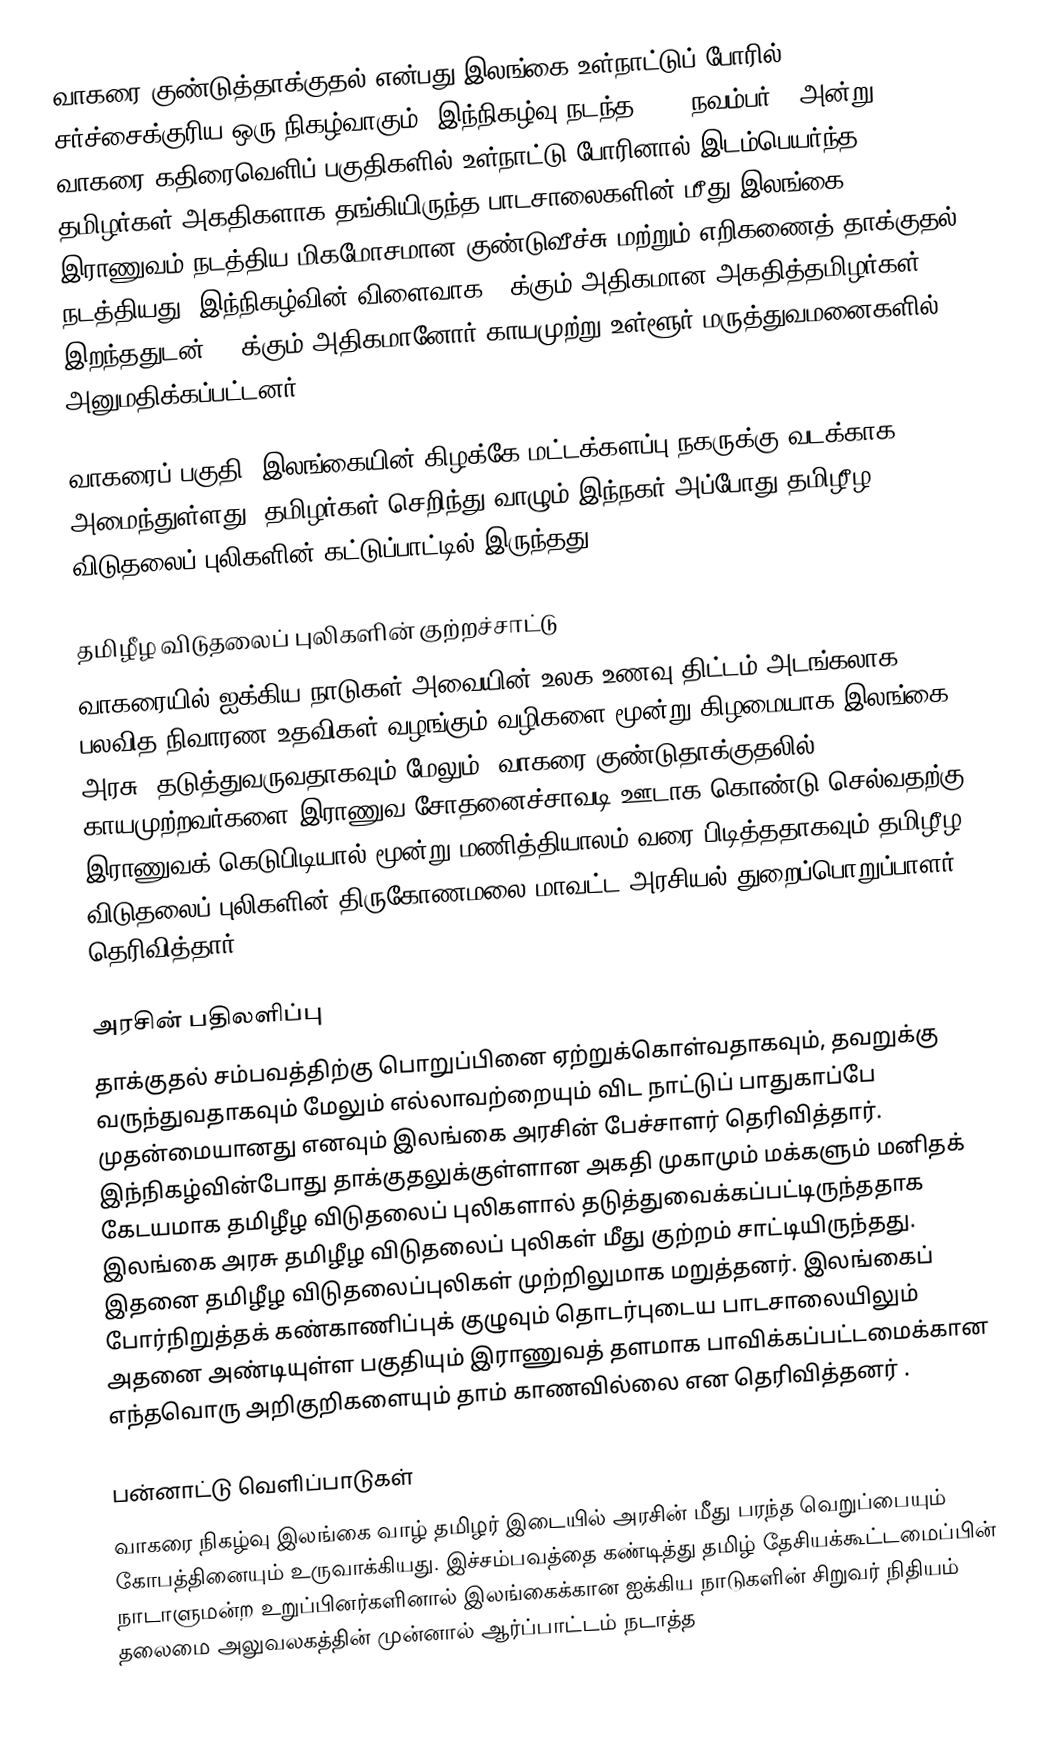
வாகரை குண்டுத்தாக்குதல் என்பது இலங்கை உள்நாட்டுப் போரில் சர்ச்சைக்குரிய ஒரு நிகழ்வாகும். இந்நிகழ்வு நடந்த 2006 நவம்பர் 8  அன்று வாகரை கதிரைவெளிப் பகுதிகளில் உள்நாட்டு போரினால் இடம்பெயர்ந்த தமிழர்கள் அகதிகளாக தங்கியிருந்த பாடசாலைகளின் மீது  இலங்கை இராணுவம் நடத்திய மிகமோசமான குண்டுவீச்சு மற்றும் எறிகணைத் தாக்குதல் நடத்தியது. இந்நிகழ்வின் விளைவாக 50க்கும் அதிகமான அகதித்தமிழர்கள் இறந்ததுடன் 100க்கும் அதிகமானோர் காயமுற்று உள்ளூர் மருத்துவமனைகளில் அனுமதிக்கப்பட்டனர்.

வாகரைப் பகுதி, இலங்கையின் கிழக்கே மட்டக்களப்பு நகருக்கு வடக்காக அமைந்துள்ளது. தமிழர்கள் செறிந்து வாழும் இந்நகர் அப்போது தமிழீழ விடுதலைப் புலிகளின் கட்டுப்பாட்டில் இருந்தது.

தமிழீழ விடுதலைப் புலிகளின் குற்றச்சாட்டு
வாகரையில் ஐக்கிய நாடுகள் அவையின் உலக உணவு திட்டம் அடங்கலாக பலவித நிவாரண உதவிகள் வழங்கும் வழிகளை மூன்று கிழமையாக இலங்கை அரசு, தடுத்துவருவதாகவும் மேலும், வாகரை குண்டுதாக்குதலில் காயமுற்றவர்களை இராணுவ சோதனைச்சாவடி ஊடாக கொண்டு செல்வதற்கு இராணுவக் கெடுபிடியால் மூன்று மணித்தியாலம் வரை பிடித்ததாகவும் தமிழீழ விடுதலைப் புலிகளின் திருகோணமலை மாவட்ட அரசியல் துறைப்பொறுப்பாளர் தெரிவித்தார்.

அரசின் பதிலளிப்பு
தாக்குதல் சம்பவத்திற்கு பொறுப்பினை ஏற்றுக்கொள்வதாகவும், தவறுக்கு வருந்துவதாகவும் மேலும் எல்லாவற்றையும் விட நாட்டுப் பாதுகாப்பே முதன்மையானது எனவும் இலங்கை அரசின் பேச்சாளர் தெரிவித்தார். இந்நிகழ்வின்போது தாக்குதலுக்குள்ளான அகதி முகாமும் மக்களும் மனிதக் கேடயமாக தமிழீழ விடுதலைப் புலிகளால் தடுத்துவைக்கப்பட்டிருந்ததாக இலங்கை அரசு தமிழீழ விடுதலைப் புலிகள் மீது குற்றம் சாட்டியிருந்தது. இதனை தமிழீழ விடுதலைப்புலிகள் முற்றிலுமாக மறுத்தனர். இலங்கைப் போர்நிறுத்தக் கண்காணிப்புக் குழுவும் தொடர்புடைய பாடசாலையிலும் அதனை அண்டியுள்ள பகுதியும் இராணுவத் தளமாக பாவிக்கப்பட்டமைக்கான எந்தவொரு அறிகுறிகளையும் தாம் காணவில்லை என தெரிவித்தனர் .

பன்னாட்டு வெளிப்பாடுகள்
வாகரை நிகழ்வு இலங்கை வாழ் தமிழர் இடையில் அரசின் மீது பரந்த வெறுப்பையும் கோபத்தினையும் உருவாக்கியது. இச்சம்பவத்தை கண்டித்து தமிழ் தேசியக்கூட்டமைப்பின் நாடாளுமன்ற உறுப்பினர்களினால் இலங்கைக்கான ஐக்கிய நாடுகளின் சிறுவர் நிதியம் தலைமை அலுவலகத்தின் முன்னால் ஆர்ப்பாட்டம் நடாத்த